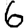
Digit: 6